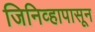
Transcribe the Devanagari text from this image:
जिनिव्हापासून